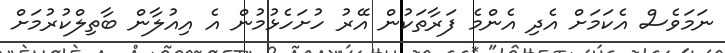
ނަމަވެސް އެކަމަށް އެދި އެންމެ ފަރާތަކުން އޭރު ހުށަހެޅުމުން އެ އިއުލާން ބާތިލްކުރުމަށް